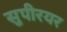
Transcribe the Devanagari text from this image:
सुपीरयर